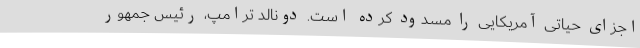
اجزای حیاتی آمریکایی را مسدود کرده است. دونالد ترامپ، رئیس جمهور